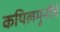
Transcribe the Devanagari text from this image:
कपिलमुनींचे